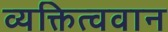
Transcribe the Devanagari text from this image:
व्यक्तित्ववान